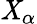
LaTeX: \mathit{X}_{\alpha}